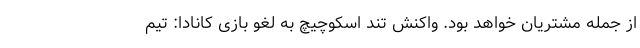
از جمله مشتريان خواهد بود. واکنش تند اسکوچیچ به لغو بازی کانادا: تیم